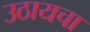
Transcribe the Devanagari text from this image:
उठायचा